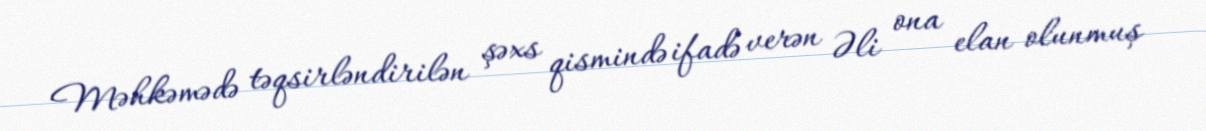
Məhkəmədə təqsirləndirilən şəxs qismində ifadə verən Əli ona elan olunmuş